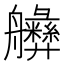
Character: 𱽆